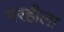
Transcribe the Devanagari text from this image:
मरहीला